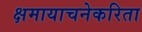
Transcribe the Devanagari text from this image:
क्षमायाचनेकरिता